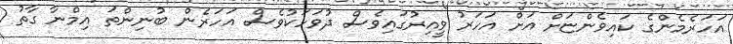
އަހަރެމެންގެ ކައިވެންޏަށް އަށް އަހަރު ވީއިރުގައިވެސް ދުވަހަކުވެސް އަހަރެން ބުނިންތަ އިމްނާ ގާތު